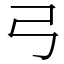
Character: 弓